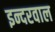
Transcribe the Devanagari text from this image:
इन्दरवाल